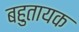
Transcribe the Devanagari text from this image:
बहुतायक